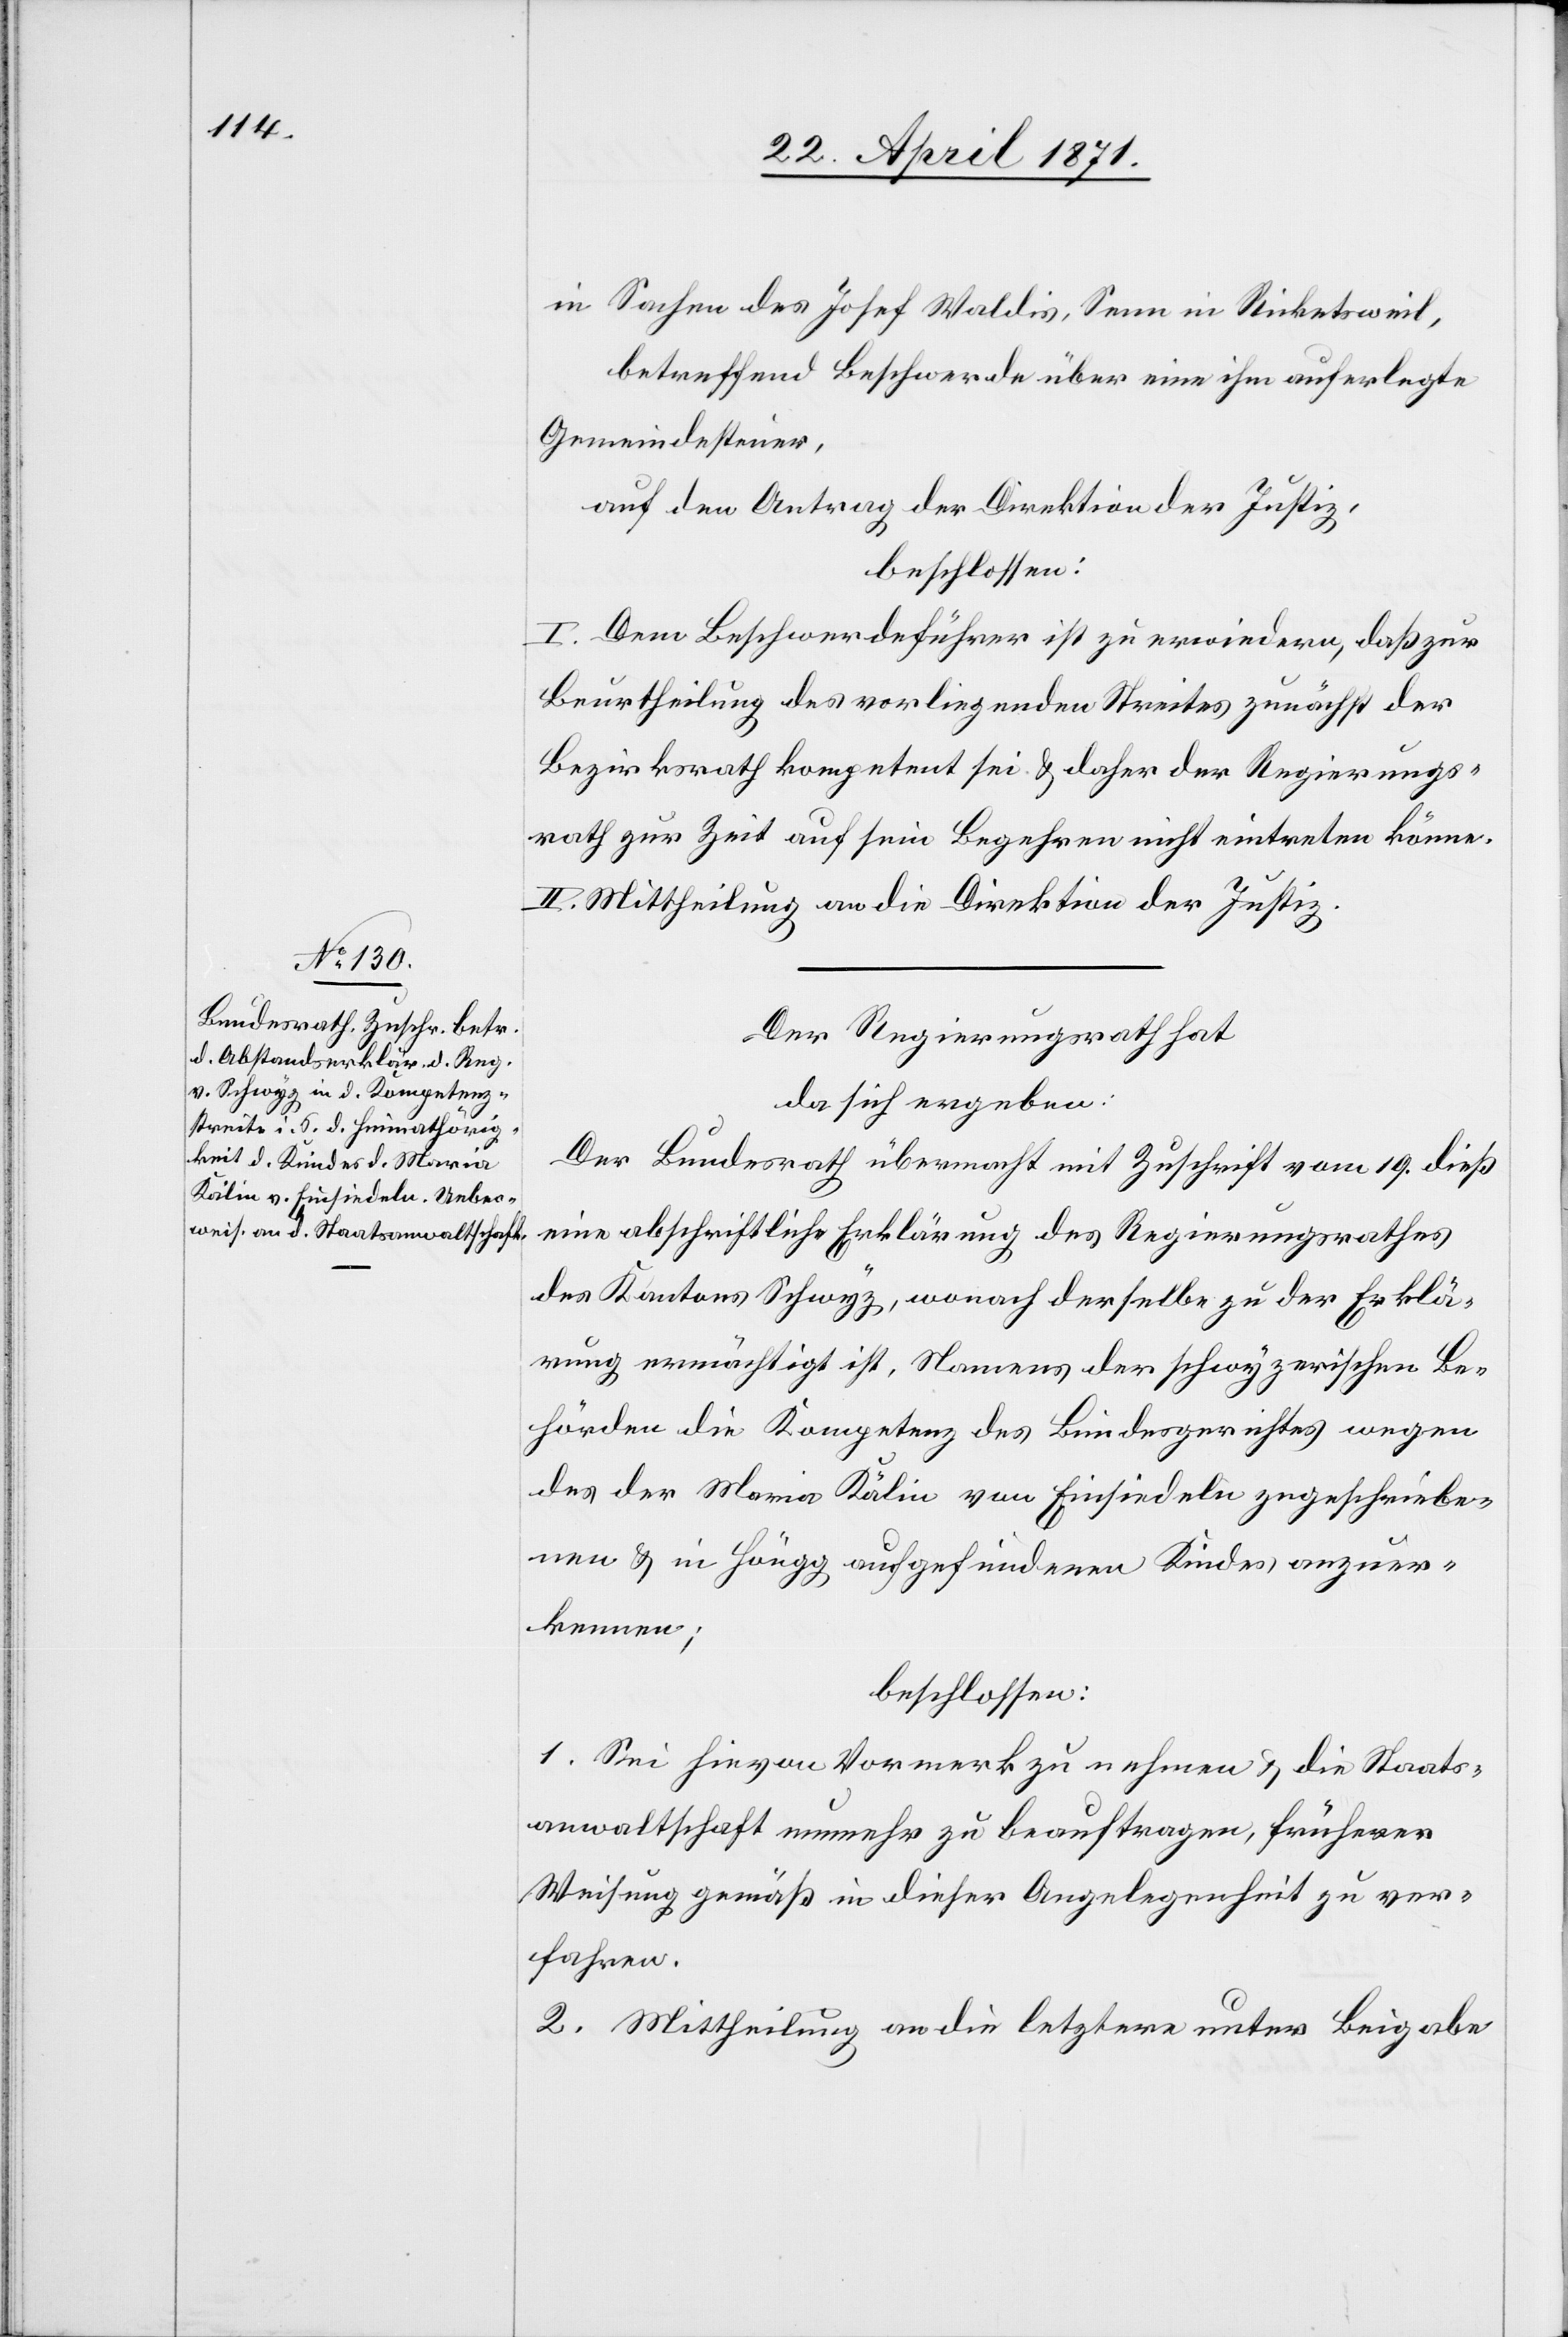
in Sachen des Josef Waldis, Senn in Ricketsweil,
betreffend Beschwerde über eine ihm auferlegte
Gemeindesteuer,
auf den Antrag der Direktion der Justiz,
beschlossen:
I. Dem Beschwerdeführer ist zu erwiedern, daß zur
Beurtheilung des vorliegenden Streites zunächst der
Bezirksrath kompetent sei u. daher der Regierungs¬
rath zur Zeit auf sein Begehren nicht eintreten könne.
II. Mittheilung an die Direktion der Justiz.
Der Regierungsrath hat
da sich ergeben:
Der Bundesrath übermacht mit Zuschrift vom 19. dieß
eine abschriftliche Erklärung des Regierungsrathes
des Kantons Schwyz, wonach derselbe zu der Erklä¬
rung ermächtigt ist, Namens der schwyzerischen Be¬
hörden die Kompetenz des Bundesrathes wegen
des der Maria Kälin von Einsiedeln geschriebe¬
nen u. in Höngg aufgefundenen Kindes anzuer¬
kennen;
beschlossen:
1. Sei hievon Vormerk zu nehmen u. die Staats¬
anwaltschaft nunmehr zu beauftragen, früherer
Weisung gemäß in dieser Angelegenheit zu ver¬
fahren.
2. Mittheilung an die letztere unter Beigabe